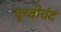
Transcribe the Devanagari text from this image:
पृथ्वीचंद